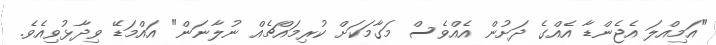
"އަމިއްލަ އެޖެންޑާ އެއްގެ ދަށުން އެއްވެސް މަގާމަކަށް ކުރިމައްޗެއް ނުލާނަން" އައްމަޑޭ ވިދާޅުވިއެވެ.